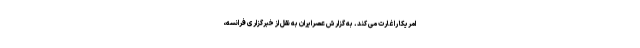
امریکا را غارت می کند. به گزارش عصرایران به نقل از خبرگزاری فرانسه،